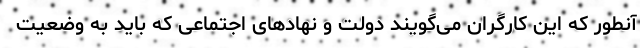
آنطور که این کارگران می‌گویند دولت و نهادهای اجتماعی که باید به وضعیت